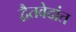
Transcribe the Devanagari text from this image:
द्वैतवेदांत